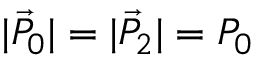
\vert \vec { P } _ { 0 } \vert = \vert \vec { P } _ { 2 } \vert = P _ { 0 }